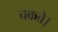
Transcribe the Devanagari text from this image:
चकत्ते।